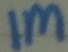
Text: 1M